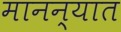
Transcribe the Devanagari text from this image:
मानन्यात